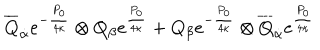
\overline { { { Q } } } _ { \dot { \alpha } } e ^ { - { \frac { P _ { 0 } } { 4 \kappa } } } \otimes Q _ { \beta } e ^ { \frac { P _ { 0 } } { 4 \kappa } } + Q _ { \beta } e ^ { - { \frac { P _ { 0 } } { 4 \kappa } } } \otimes \overline { { { Q } } } _ { \dot { \alpha } } e ^ { \frac { P _ { 0 } } { 4 \kappa } }